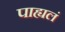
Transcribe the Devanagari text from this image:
पाह्यलं